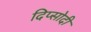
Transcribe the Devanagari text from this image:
दिप्सोदी